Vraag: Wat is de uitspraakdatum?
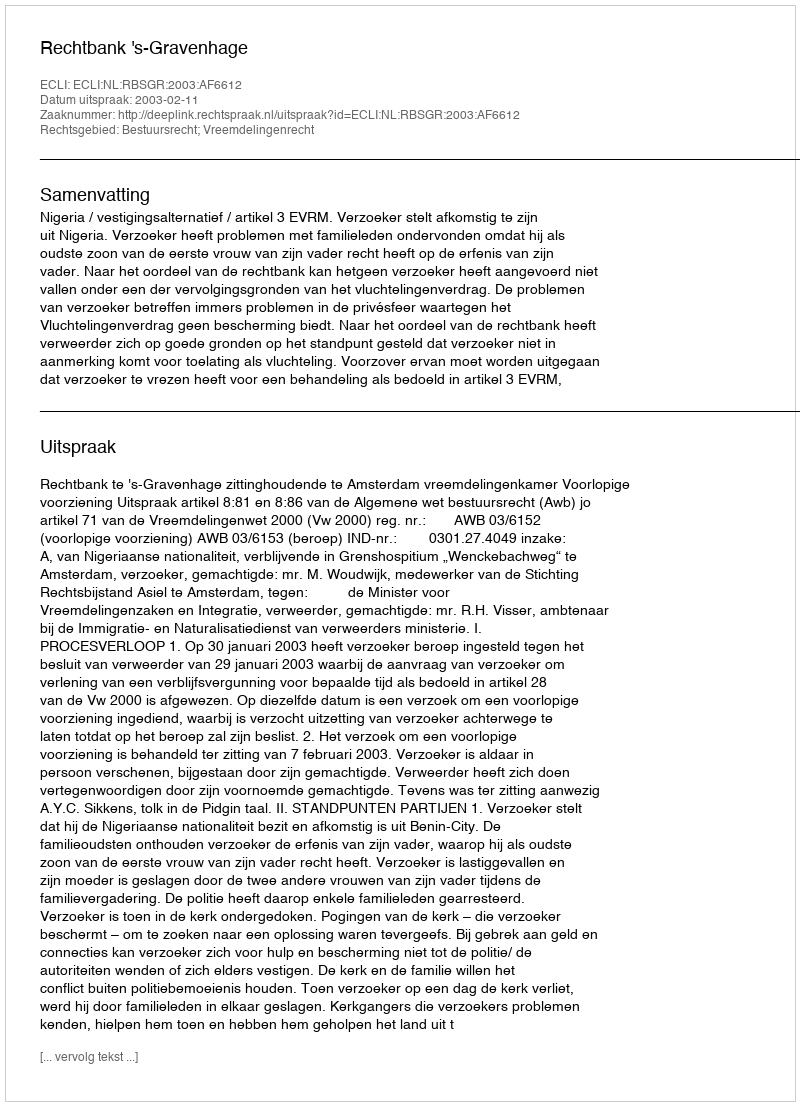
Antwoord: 2003-02-11